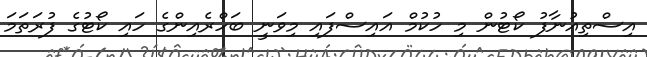
އިސްތިއުނާފު ކޯޓުން މި ހުކުމް އައިސްފައި މިވަނީ ބަހްރެއިންގެ ހައި ކޯޓުގެ ފުރަތަމަ